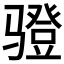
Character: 𲌋